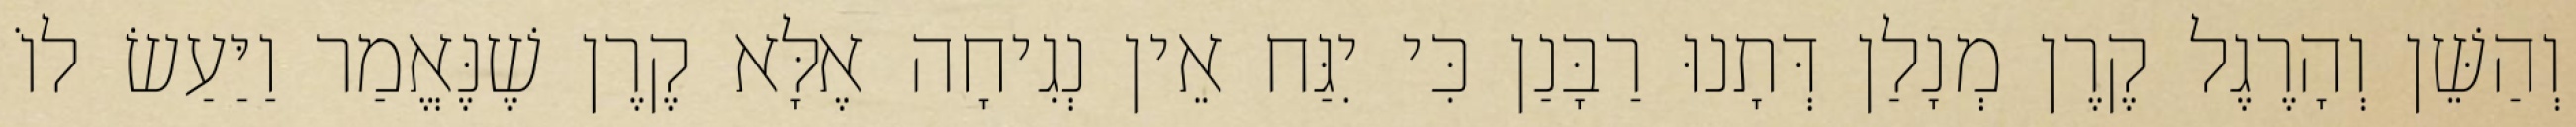
וְהַשֵּׁן וְהָרֶגֶל קֶרֶן מְנָלַן דְּתָנוּ רַבָּנַן כִּי יִגַּח אֵין נְגִיחָה אֶלָּא קֶרֶן שֶׁנֶּאֱמַר וַיַּעַשׂ לוֹ